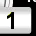
Digit: 1